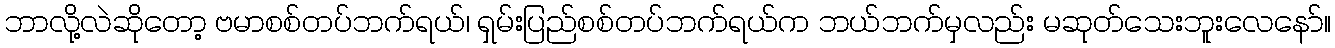
ဘာလို့လဲဆိုတော့ ဗမာစစ်တပ်ဘက်ရယ်၊ ရှမ်းပြည်စစ်တပ်ဘက်ရယ်က ဘယ်ဘက်မှလည်း မဆုတ်သေးဘူးလေနော်။